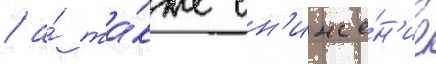
/ а́ та́кже сн'иже́н'ие